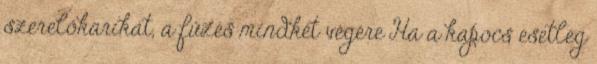
szerelőkarikát, a fűzés mindkét végére Ha a kapocs esetleg